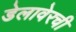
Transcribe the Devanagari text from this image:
डेलावेरची